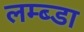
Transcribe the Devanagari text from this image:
लम्ब्डा